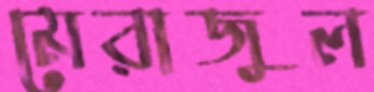
মেরাজুল